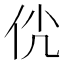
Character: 𠇵